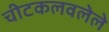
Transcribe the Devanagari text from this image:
चीटकलवलेले